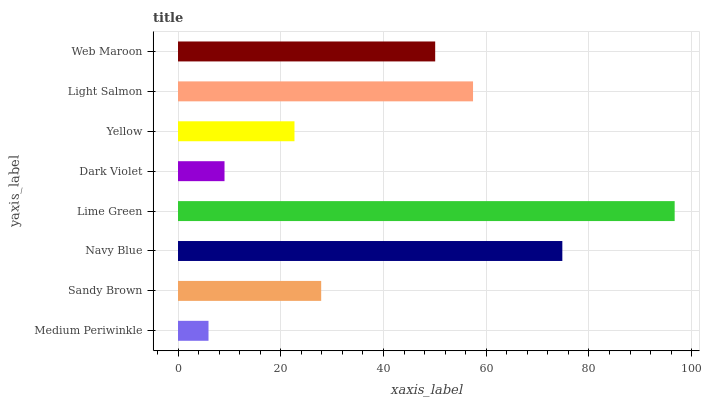
| yaxis_label | bars |
 | --- | --- |
 | Medium Periwinkle | 5.94 |
 | Sandy Brown | 27.9 |
 | Navy Blue | 74.8 |
 | Lime Green | 96.7 |
 | Dark Violet | 9.05 |
 | Yellow | 22.7 |
 | Light Salmon | 57.4 |
 | Web Maroon | 50.1 |